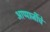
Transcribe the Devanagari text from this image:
आप्पाजींचे